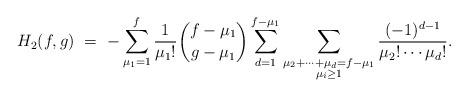
LaTeX: \begin{align*}H_2(f, g)\ &= \ - \sum_{\mu_1 = 1}^f \frac{1}{\mu_1 !} \binom{f - \mu_1}{g - \mu_1} \sum_{d=1}^{f- \mu_1} \sum_{\substack{\mu_2 + \cdots + \mu_d = f - \mu_1 \\ \mu_i \ge 1}} \frac{(-1)^{d-1}}{\mu_2! \cdots \mu_{d}!}. \\\end{align*}